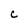
Character: C